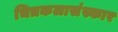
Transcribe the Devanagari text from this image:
चित्रकलासंस्कार